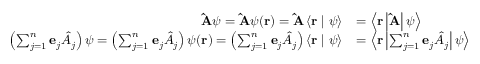
{ \begin{array} { r l } { \mathbf { \hat { A } } \psi = \mathbf { \hat { A } } \psi ( \mathbf { r } ) = \mathbf { \hat { A } } \left\langle \mathbf { r } \mid \psi \right\rangle } & { = \left\langle \mathbf { r } \left\vert \mathbf { \hat { A } } \right\vert \psi \right\rangle } \\ { \left( \sum _ { j = 1 } ^ { n } \mathbf { e } _ { j } { \hat { A } } _ { j } \right) \psi = \left( \sum _ { j = 1 } ^ { n } \mathbf { e } _ { j } { \hat { A } } _ { j } \right) \psi ( \mathbf { r } ) = \left( \sum _ { j = 1 } ^ { n } \mathbf { e } _ { j } { \hat { A } } _ { j } \right) \left\langle \mathbf { r } \mid \psi \right\rangle } & { = \left\langle \mathbf { r } \left\vert \sum _ { j = 1 } ^ { n } \mathbf { e } _ { j } { \hat { A } } _ { j } \right\vert \psi \right\rangle } \end{array} }